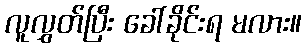
လူလွှတ်ပြီး ခေါ်ခိုင်းရ မလား။